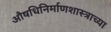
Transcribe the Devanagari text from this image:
औषधिनिर्माणशास्त्राच्या